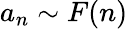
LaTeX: a_{n}\sim F(n)